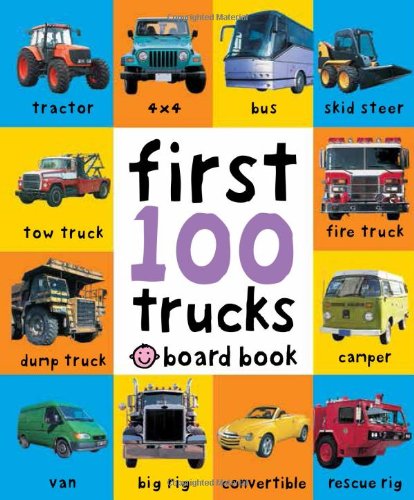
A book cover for First 100 Trucks; Roger Priddy; Children's Books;